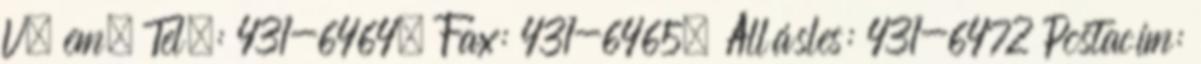
V. em. Tel.: 431-6464, Fax: 431-6465, Állásles: 431-6472 Postacím: